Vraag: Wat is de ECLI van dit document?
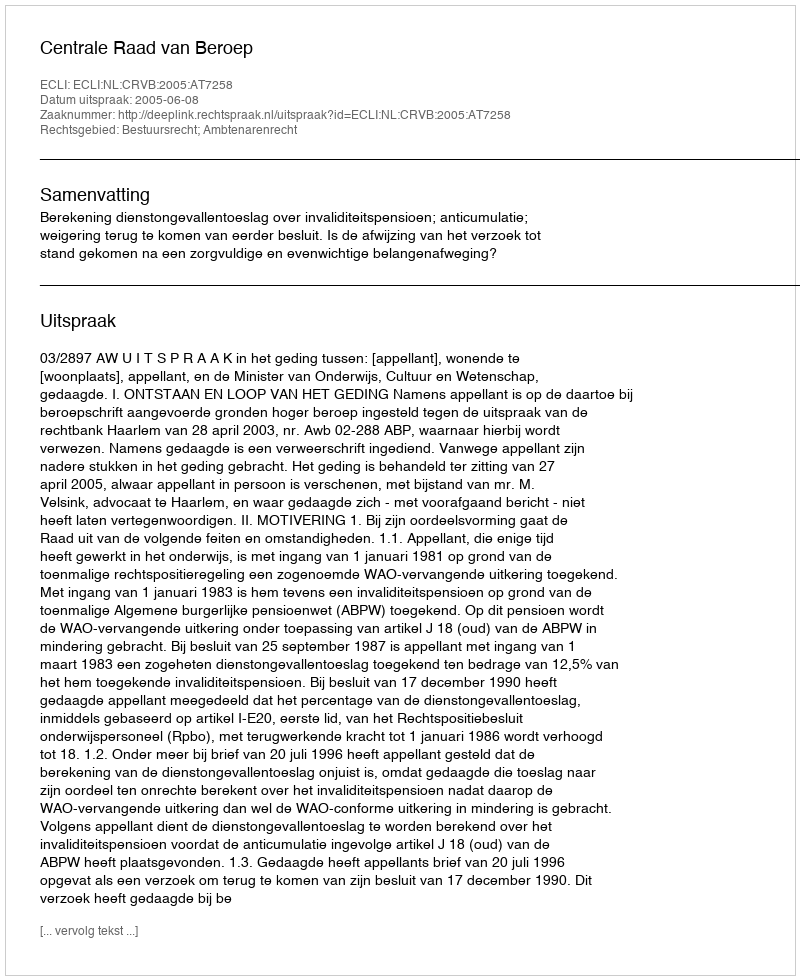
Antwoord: ECLI:NL:CRVB:2005:AT7258